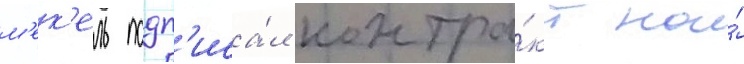
м'ек'ель подп'иса́л контра́кт на́